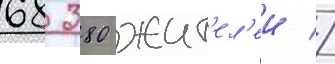
68 380 жит'ел'еи //